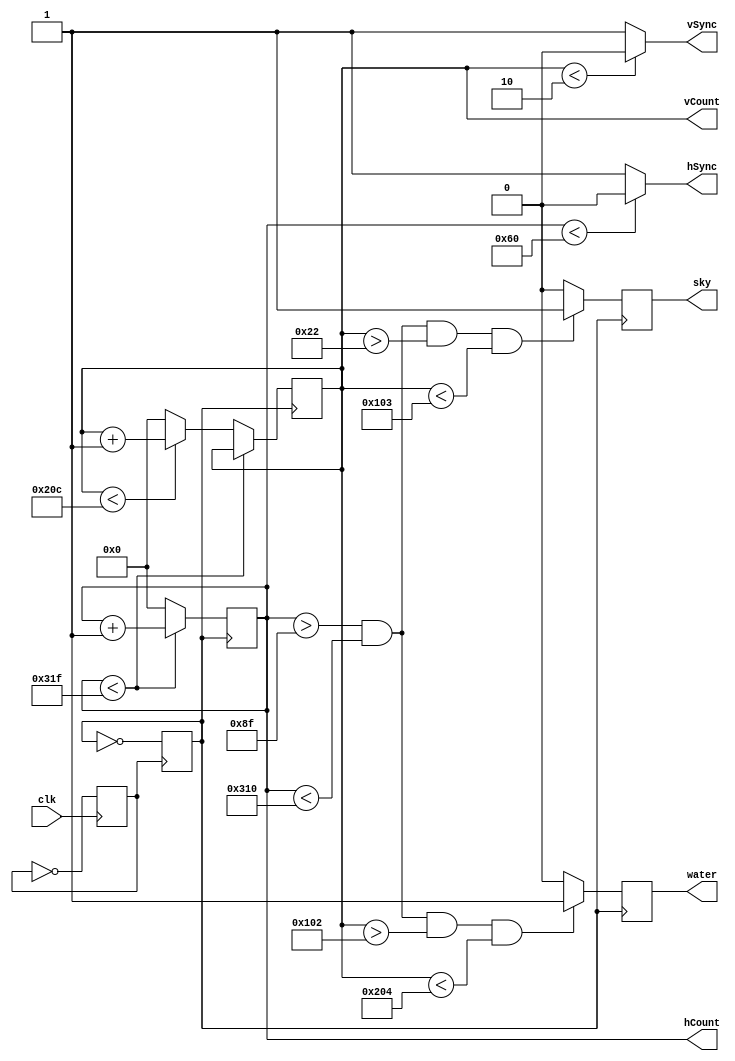


module display_controller(
	input clk,
	output hSync, vSync,
	output reg sky,
	output reg water,
	output reg[9:0] hCount, 
	output reg [9:0] vCount // Covers 800, width of the screen, because it's 2^10
	);
	
	reg pulse;
	reg clk25;
	
	initial begin // Set all of them initially to 0
		clk25 = 0;
		pulse = 0;
	end
	
	always @(posedge clk)
		pulse = ~pulse;
	always @(posedge pulse)
		clk25 = ~clk25;
		
	always @ (posedge clk25)
		begin
		if (hCount < 10'd799)
			begin
			hCount <= hCount + 1;
			end
		else if (vCount < 10'd524)
			begin
			hCount <= 0;
			vCount <= vCount + 1;
			end
		else
			begin
			hCount <= 0;
			vCount <= 0;
			end
		end
		
	assign hSync = (hCount < 96) ? 0:1;
	assign vSync = (vCount < 2) ? 0:1;
		
	
	always @(posedge clk25)
		begin
		if(hCount > 10'd143 && hCount < 10'd784 && vCount > 10'd34 && vCount < 10'd259)
			sky <= 1;
		else
			sky <= 0;
		if(hCount > 10'd143 && hCount < 10'd784 && vCount > 10'd258 && vCount < 10'd516)
			water <= 1;
		else
			water <= 0;
		end	
	
endmodule